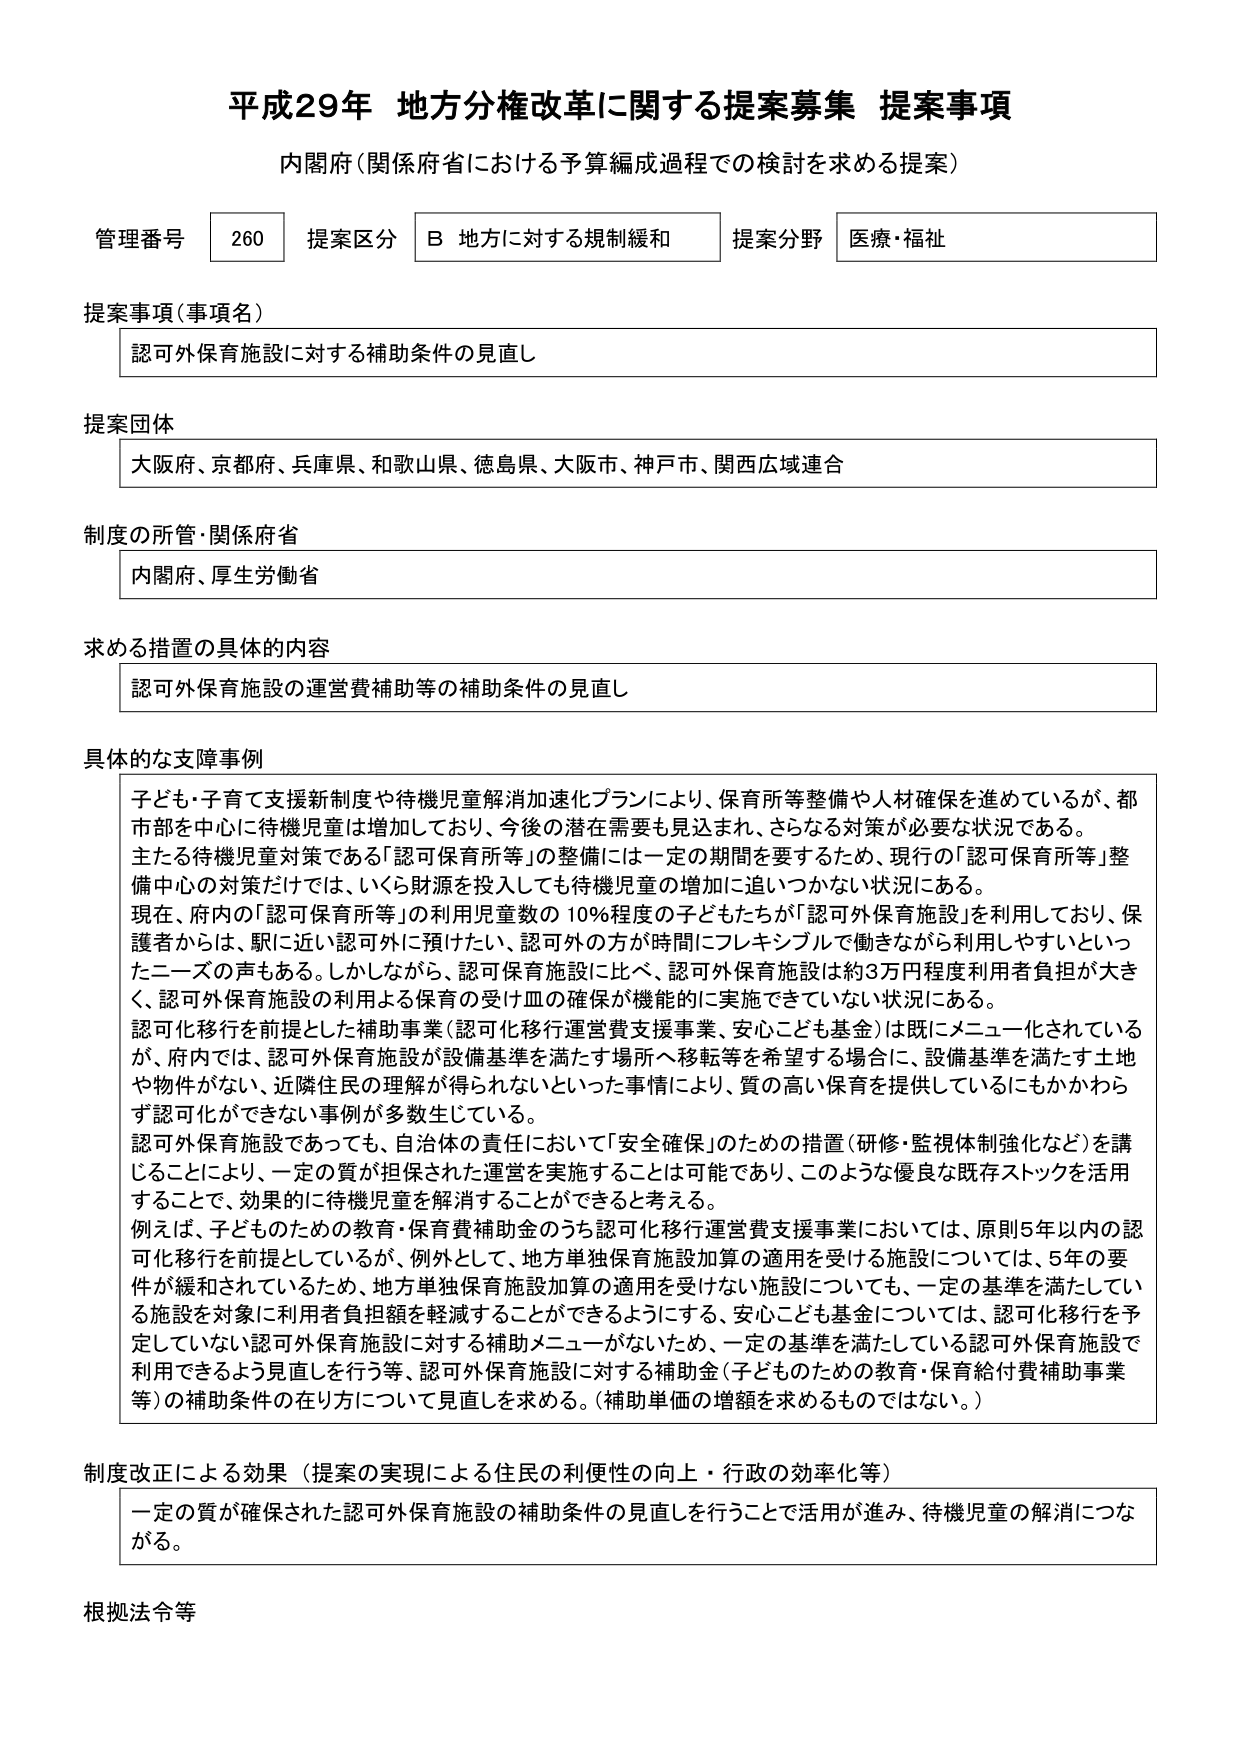
平成29年 地方分権改革に関する提案募集 提案事項
内閣府（関係府省における予算編成過程での検討を求める提案）

管理番号 260 提案区分 B 地方に対する規制緩和 提案分野 医療・福祉

提案事項（事項名）
認可外保育施設に対する補助条件の見直し

提案団体
大阪府、京都府、兵庫県、和歌山県、徳島県、大阪市、神戸市、関西広域連合

制度の所管・関係府省
内閣府、厚生労働省

求める措置の具体的内容
認可外保育施設の運営費補助等の補助条件の見直し

具体的な支障事例
子ども・子育て支援新制度や待機児童解消加速化プランにより、保育所等整備や人材確保を進めているが、都市部を中心に待機児童は増加しており、今後の潜在需要も見込まれ、さらなる対策が必要な状況である。
主たる待機児童対策である「認可保育所等」の整備には一定の期間を要するため、現行の「認可保育所等」整備中心の対策だけでは、いくら財源を投入しても待機児童の増加に追いつけない状況にある。
現在、府内の「認可保育所等」の利用児童数の10％程度の子どもたちが「認可外保育施設」を利用しており、保護者からは、駅に近い認可外に預けたい、認可外の方が時間にフレキシブルで働きながら利用しやすいといったニーズの声もある。しかしながら、認可保育施設に比べ、認可外保育施設は約3万円程度利用者負担が大きく、認可外保育施設の利用による保育の受け皿の確保が機能的に実施できていない状況にある。
認可化移行を前提とした補助事業（認可化移行運営費支援事業、安心こども基金）は既にメニュー化されているが、府内では、認可外保育施設が設備基準を満たす場所へ移転等を希望する場合に、設備基準を満たす土地や物件がない、近隣住民の理解が得られないといった事情により、質の高い保育を提供しているにもかかわらず認可化ができない事例が多数生じている。
認可外保育施設であっても、自治体の責任において「安全確保」のための措置（研修・監視体制強化など）を講じることにより、一定の質が担保された運営を実施することは可能であり、このような優良な既存ストックを活用することで、効果的に待機児童を解消することができると考える。
例えば、子どものための教育・保育費補助金のうち認可化移行運営費支援事業においては、原則5年以内の認可化移行を前提としているが、例外として、地方単独保育施設加算の適用を受ける施設については、5年の要件が緩和されているため、地方単独保育施設加算の適用を受けない施設についても、一定の基準を満たしている施設を対象に利用者負担額を軽減することができるようにする、安心こども基金については、認可化移行を予定していない認可外保育施設に対する補助メニューがないため、一定の基準を満たしている認可外保育施設で利用できるよう見直しを行う等、認可外保育施設に対する補助金（子どものための教育・保育給付費補助事業等）の補助条件の在り方について見直しを求める。（補助単価の増額を求めるものではない。）

制度改正による効果（提案の実現による住民の利便性の向上・行政の効率化等）
一定の質が確保された認可外保育施設の補助条件の見直しを行うことで活用が進み、待機児童の解消につながる。

根拠法令等